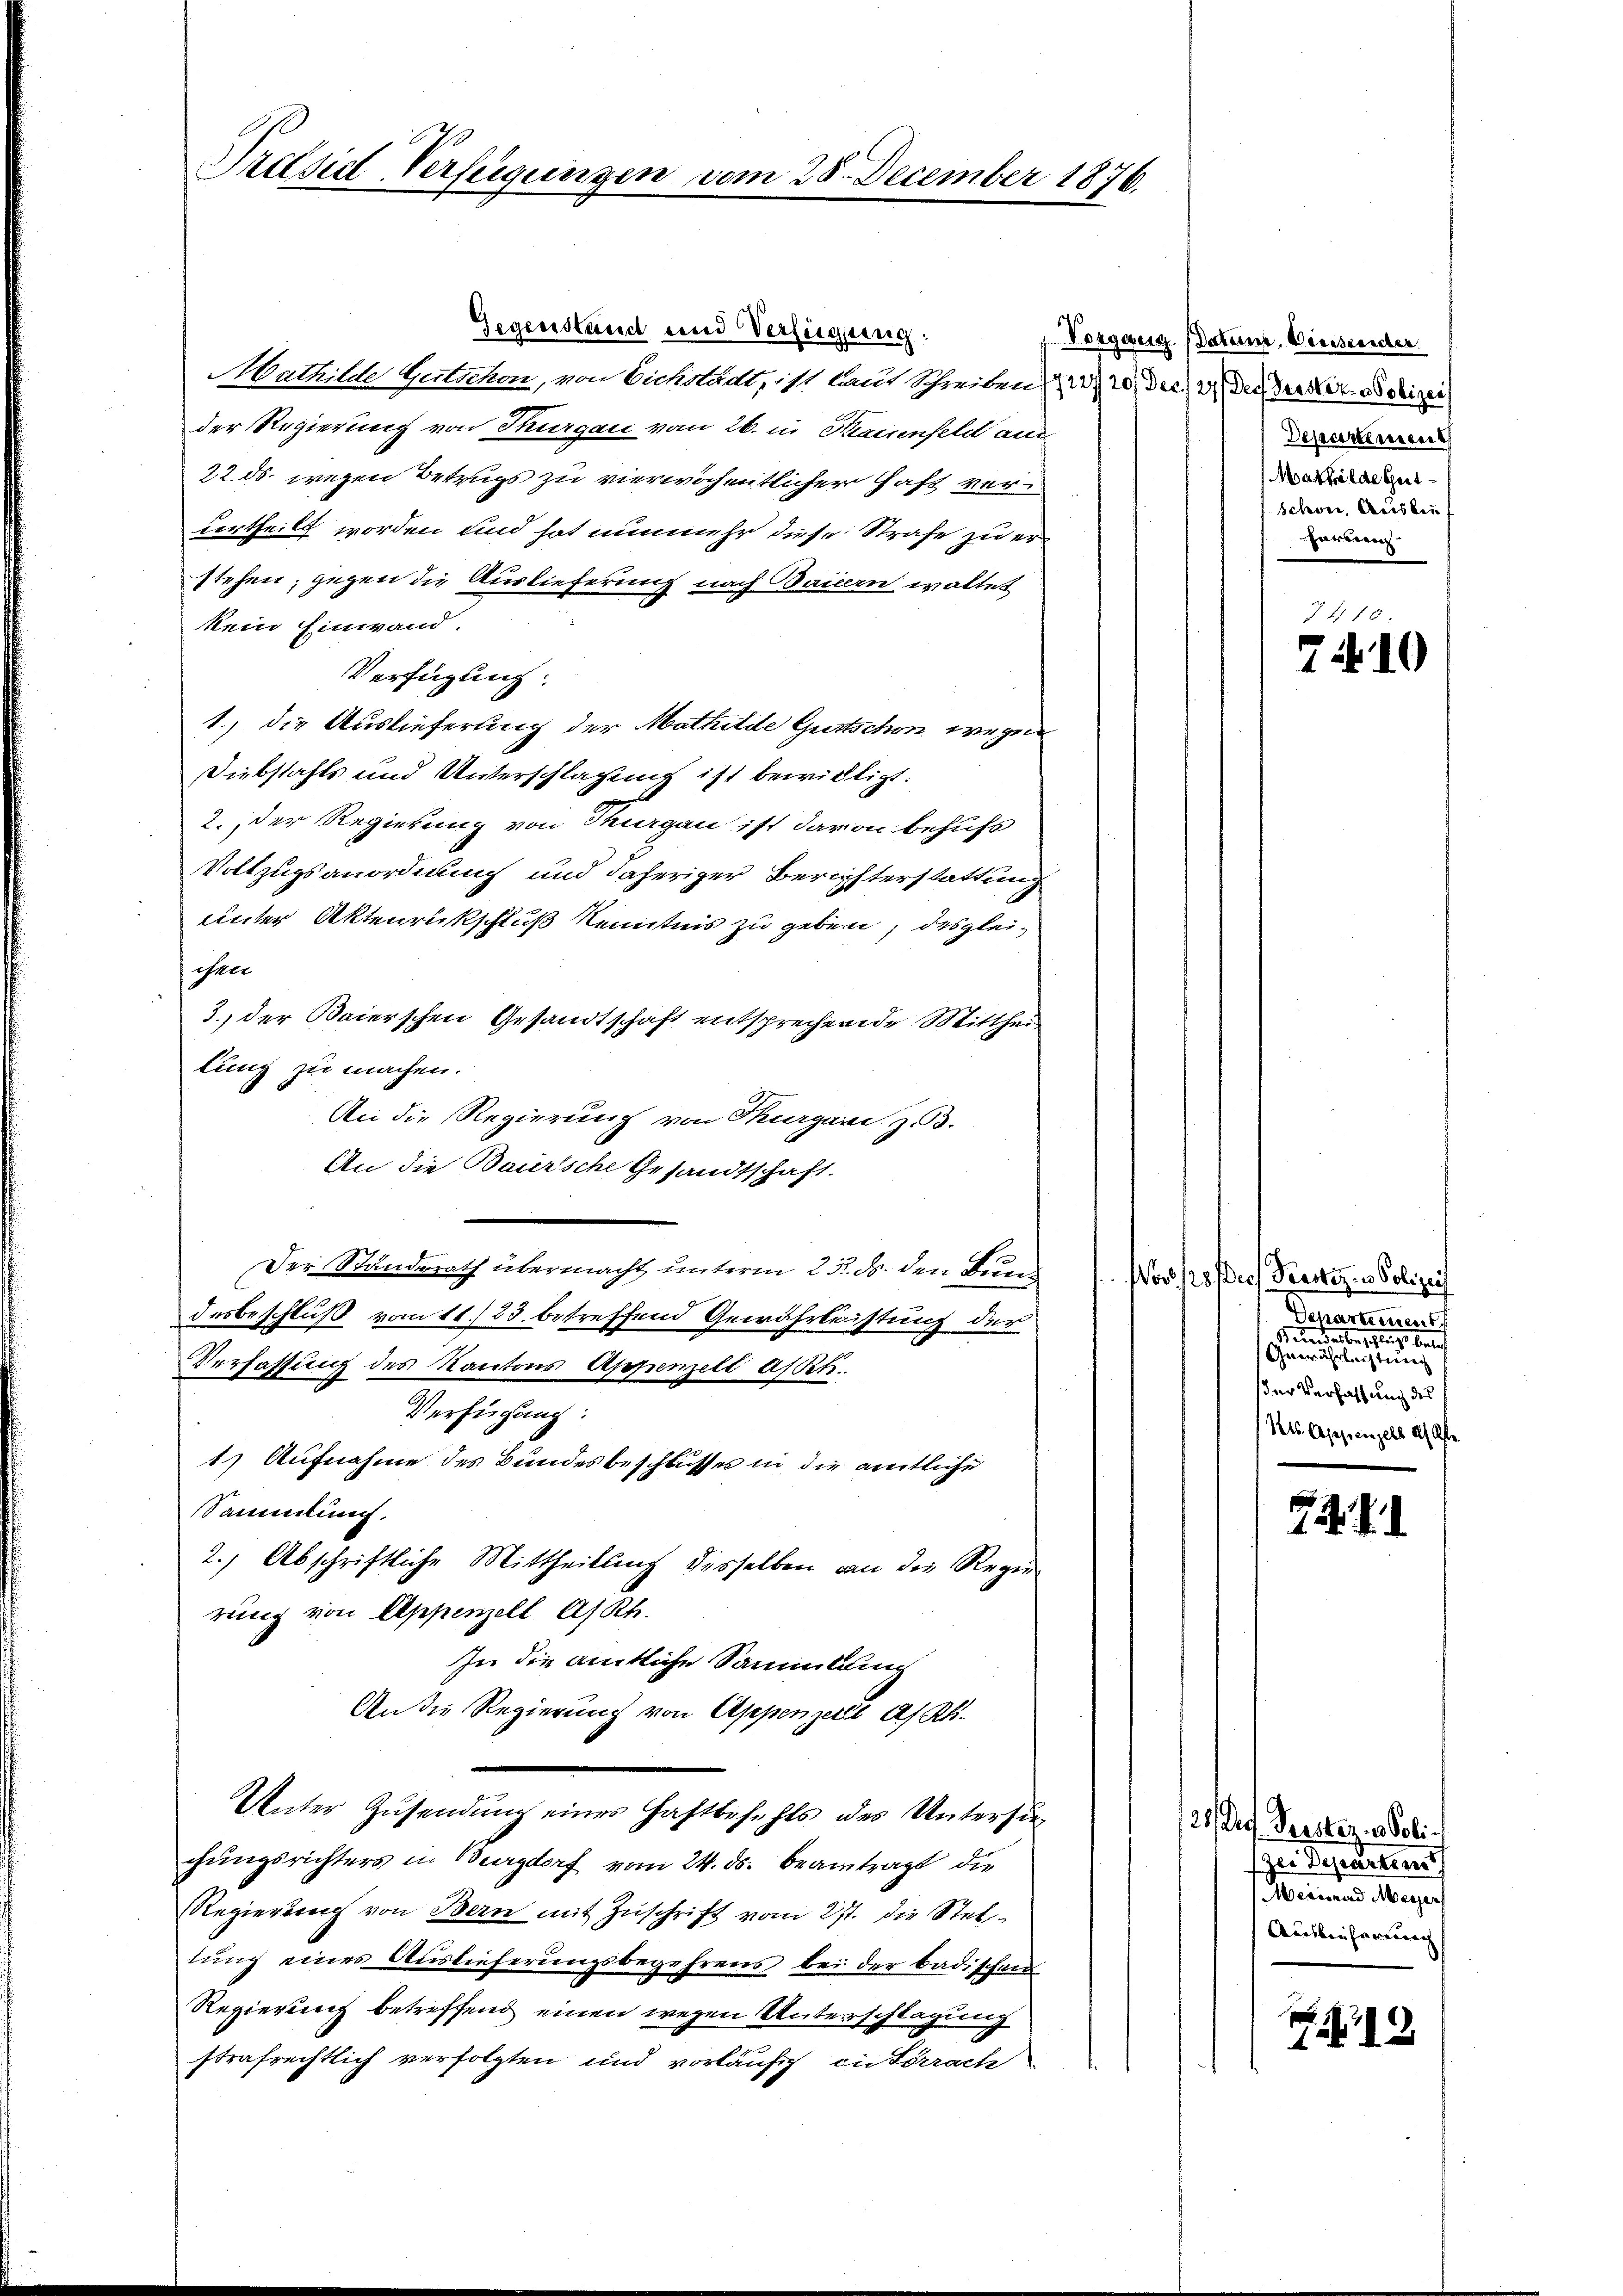
Präsidl Verfügungen vom 28. December 1876.

Gegenstand und Verfügung:
Mathilde Gutschen, von Eichstadt, ist laut Schreiben, 2) 20 Dec. 2 der dieser solizei
der Regierung von Thurgau vom 26. in Krauenfeld aus
22. ds. wegen Betrugs zu vierwöcheitlicher Haft verurtheilt worden und hat nunmehr diese Strafe zu erstehen; gegen die Auslieferung nach Baiern wollet
kein Einwand.
Verfügung:
1.) die Auslieferung der Mathilde Gurtschon wegen
Diebstahls und Unterschlagung ist bewilligt:
2. Der Regierung von Thurgau ist davon behufs
Vollzugsanordnung und daheriger Berichterstattung
unter Aktenrückschluß Kenntnis zu geben, desgleiihrer
3., der Baierschen Gesandtschaft entsprechende Mittheilung zu machen.
An die Regierung von Thurgau z. B.
An die Bauersche Gesandtschaft.
Der Wanderath übermacht unterm 25. b. den Burch (Wos 10 des Perster- u Polizei
desbeschluß vom 11./23. betreffend Gewährleistung der
Verfassung des Kantons Appenzell a/Rh.
Verfügung:
1) Aufnahme des Bundesbeschlusses in die amtliche
Sammlung.
2.) Abschriftliche Mittheilung desselben von die Regier
rung von Appenzell A/Rh.
In die amtliche Sammlung
An die Regierung von Appenzell A/Rh.
Unter Zŭsendung eines Haftbefehls des Untersie-
chungsrichters in Burgdorf vom 24. ds. beantragt die
Regierung von Bern mit Zuschrift vom 27. die Stellung eines Auslieferungsbegehrens bei der badischen
Regierung betreffend einen wegen Unterschlagung
strafrechtlich verfolgten und vorläufig in Lörrache

Vorgezeig Daten. Diesender
Departemen
Mathilde Gut
schwer, Ausbeu
herung

7416.
7410

Departement
Kunden beschlings beleh
Gemischen un
ser Verfassung des
Als Appenzell Ah Gfe.

72. II

20 Prof. Perster 3 Polizer Departeme
Merisard Messer
Auslieferung

19